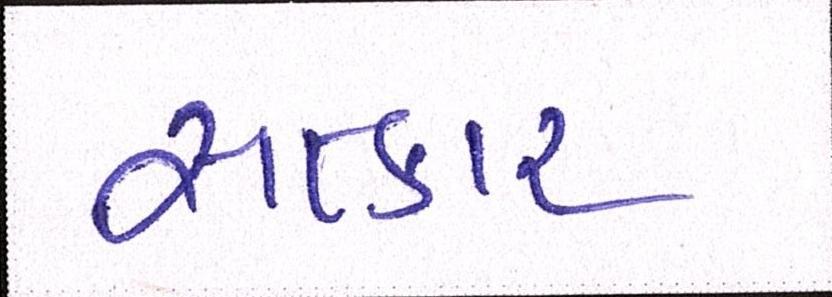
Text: સત્કાર